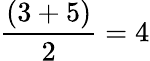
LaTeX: {\frac{(3+5)}{2}}=4